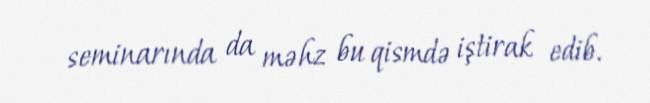
seminarında da məhz bu qismdə iştirak edib.